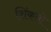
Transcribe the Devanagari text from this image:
शिंकतो